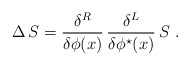
\begin{align*}\Delta\,S=\frac{\delta^R}{\delta\phi(x)}\,\frac{\delta^L}{\delta\phi^\star(x)}\,S\,\, .\end{align*}